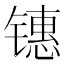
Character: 𰾶